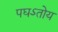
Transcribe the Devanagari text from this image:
पघऽतोय